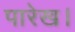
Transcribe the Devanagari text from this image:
पारेख।